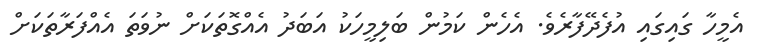
އެމީހާ ގައިގައި އުފެދޭފާރެވެ. އެހެން ކަމުން ބަލިމީހަކު އަބަދު އެއްގޮތަކަށް ނުވަތަ އެއްފަރާތަކަށް